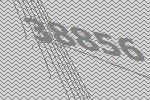
38856